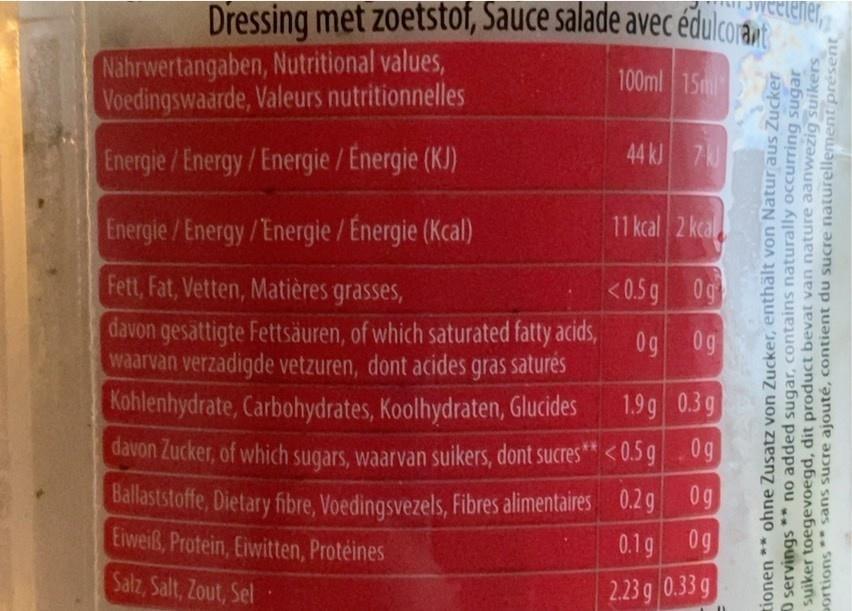
Dressing met zoetstof, Sauce salade avec édulcora
ener,,
Nahrwertangaben, Nutritional values, Voedingswaarde, Valeurs nutritionnelles
100ml 15m
Energie /Energy/Energie / Energie (KJ)
44 kJ 7J
Energie /Energy/Energie / Energie (Kcal)
11 kcal 2 kcal
Fett, Fat, Vetten, Matières grasses,
<0.5g 0g
davon gesättigte Fettsäuren, of which saturated fatty acids, waarvan verzadigde vetzuren, dont acides gras saturés Kohlenhydrate, Carbohydrates, Koolhydraten, Glucides
0g 0g
1.9 g 0.3g
davon Zucker, of which sugars, waarvan suikers, dont sucres" <0.5909
**
Ballaststoffe, Dietary fibre, Voedingsvezels, Fibres alimentaires 0.2g 0g Eiweiß, Protein, Eiwitten, Proteines Salz, Salt, Zout, Sel
0.1g 0g
2.23 g 0.33 g
tionen ** ohne Zusatz von Zucker, enthält von Natur aus Zucker O servings ** no added sugar, contains naturally occurring sugar suiker toegevoegd, dit product bevat van nature aanwezig suikers portions ** sans sucre ajouté, contient du sucre naturellement présent